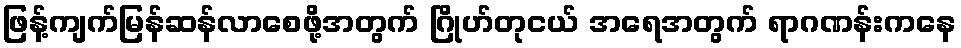
ဖြန့်ကျက်မြန်ဆန်လာစေဖို့အတွက် ဂြိုဟ်တုငယ် အရေအတွက် ရာဂဏန်းကနေ